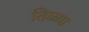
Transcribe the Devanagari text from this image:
तिळ्या